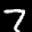
Label: 7